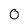
Character: O